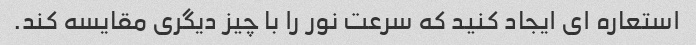
استعاره ای ایجاد کنید که سرعت نور را با چیز دیگری مقایسه کند.